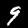
Digit: 9